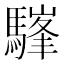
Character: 𩥪